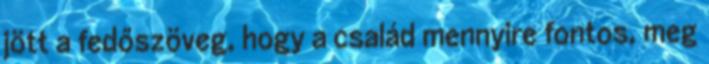
jött a fedőszöveg, hogy a család mennyire fontos, meg